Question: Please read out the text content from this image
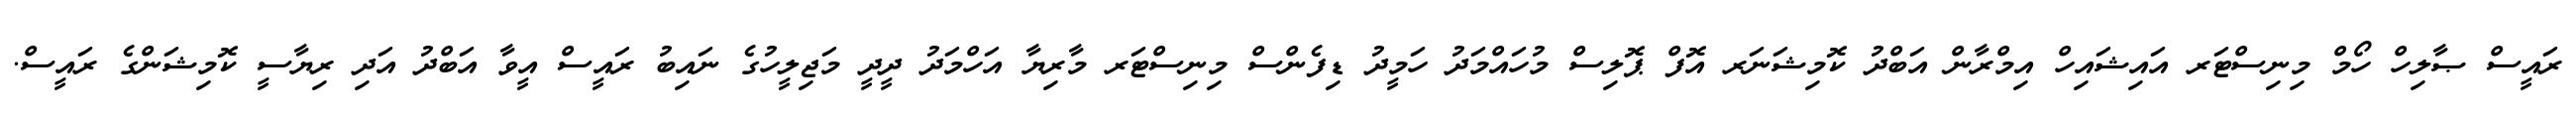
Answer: ރައީސް ޞާލިހް ހޯމް މިނިސްޓަރ އައިޝައިހް އިމްރާން އަބްދު ކޮމިޝަނަރ އޮފް ޕޮލިސް މުހައްމަދު ހަމީދު ޑިފެންސް މިނިސްޓަރ މާރިޔާ އަހްމަދު ދީދީ މަޖިލީހުގެ ނައިބު ރައީސް އީވާ އަބްދު އަދި ރިޔާސީ ކޮމިޝަންގެ ރައީސް.